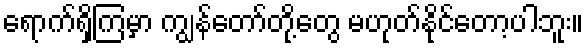
ရောက်ရှိကြမှာ ကျွန်တော်တို့တွေ မဟုတ်နိုင်တော့ပါဘူး။